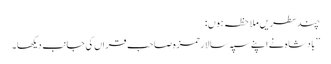
چندسطریں ملاحظہ ہوں:
’’بادشاہ نے اپنے سپہ سالارحمزہ صاحب قراں کی جانب دیکھا۔